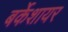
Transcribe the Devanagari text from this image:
बर्केशायर